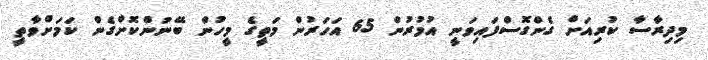
މިދިރާސާ ކުރިއަށް ގެންގޮސްފައިވަނީ އުމުރުން 65 އަހަރުން މަތީގެ މީހުން ބޭނުންކޮށްގެން ކަމަށްވާތީ